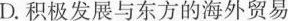
D. 积极发展与东方的海外贸易